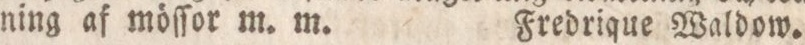
ning af möſſor m. m. Fredrique Waldow.